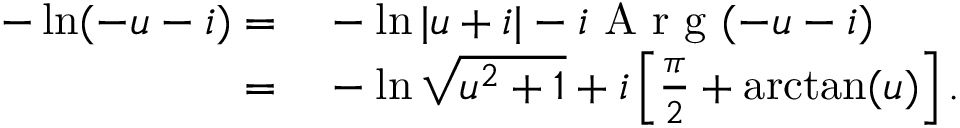
\begin{array} { r l } { - \ln ( - u - i ) = } & { { } - \ln | u + i | - i \mathrm { ~ A ~ r ~ g ~ } ( - u - i ) } \\ { = } & { { } - \ln \sqrt { u ^ { 2 } + 1 } + i \left[ \frac { \pi } { 2 } + \arctan ( u ) \right] . } \end{array}